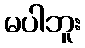
မပါဘူး